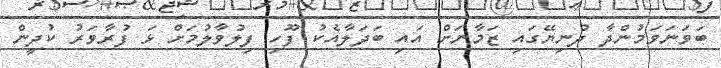
ބަވަނަވަމުންދާ ދުނިޔޭގައި ޒަމާނަށް އައި ބަދަލާއެކު ފޫހި ފިލުވާލުމަށް ޅަ ފުރާވަރު ކުދީން